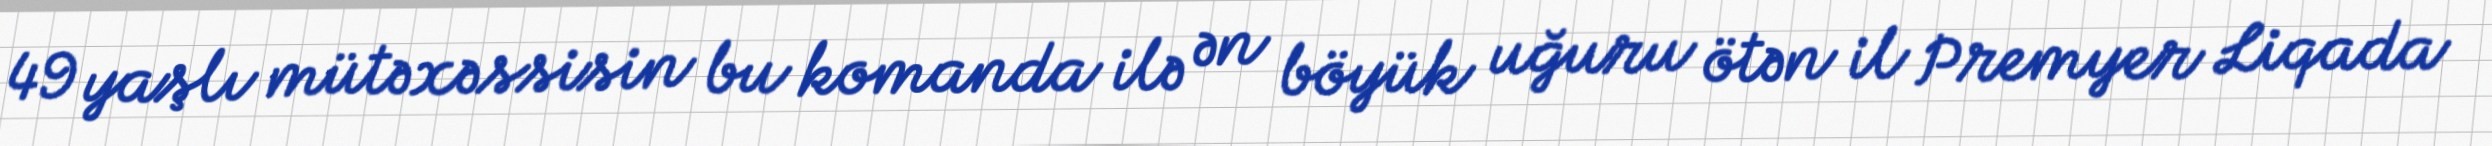
49 yaşlı mütəxəssisin bu komanda ilə ən böyük uğuru ötən il Premyer Liqada